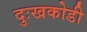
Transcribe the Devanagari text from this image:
दुःखकोडी